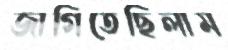
জাগিতেছিলাম